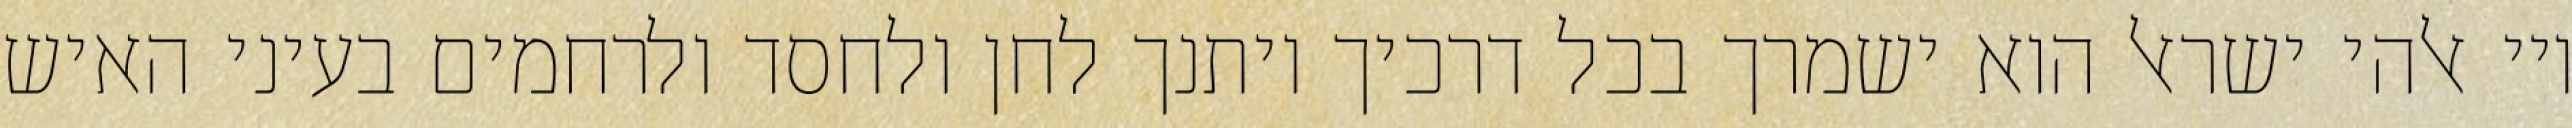
ויי אלהי ישראל הוא ישמרך בכל דרכיך ויתנך לחן ולחסד ולרחמים בעיני האיש